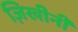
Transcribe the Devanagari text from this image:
ज़िखीनी